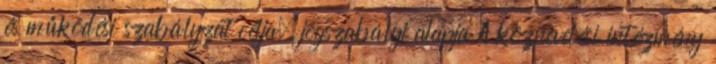
és működési szabályzat célja, jogszabályi alapja A köznevelési intézmény